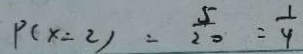
P ( x = 2 ) = \frac { 5 } { 2 0 } = \frac { 1 } { 4 }